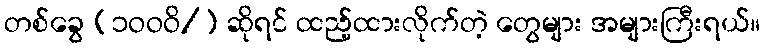
တစ်ခွေ (၁ဝဝဝိ/) ဆိုရင် ထည့်ထားလိုက်တဲ့ တွေများ အများကြီးရယ်။